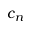
c _ { n }